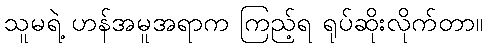
သူမရဲ့ ဟန်အမူအရာက ကြည့်ရ ရုပ်ဆိုးလိုက်တာ။